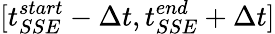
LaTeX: [t_{SSE}^{start}-\Delta t,t_{SSE}^{end}+\Delta t]